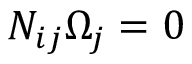
N _ { i j } \Omega _ { j } = 0